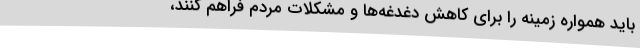
باید همواره زمینه را برای کاهش دغدغه‌ها و مشکلات مردم فراهم کنند،